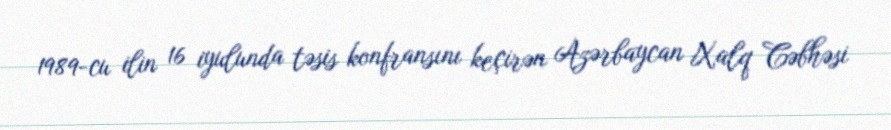
1989-cu ilin 16 iyulunda təsis konfransını keçirən Azərbaycan Xalq Cəbhəsi